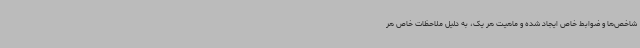
شاخص‌ها و ضوابط خاص ایجاد شده و ماهیت هر یک، به دلیل ملاحظات خاص هر